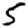
Digit: 5